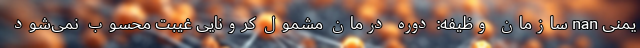
یمنی nan سازمان وظیفه: دوره درمانِ مشمول کرونایی غیبت محسوب نمی‌شود